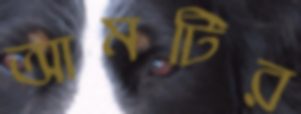
আমটির